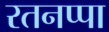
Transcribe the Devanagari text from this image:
रतनप्पा